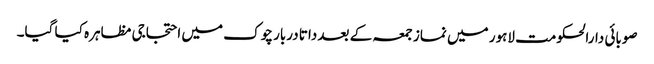
صوبائی دارالحکومت لاہور میں نماز جمعہ کے بعد داتا دربار چوک میں احتجاجی مظاہرہ کیا گیا۔